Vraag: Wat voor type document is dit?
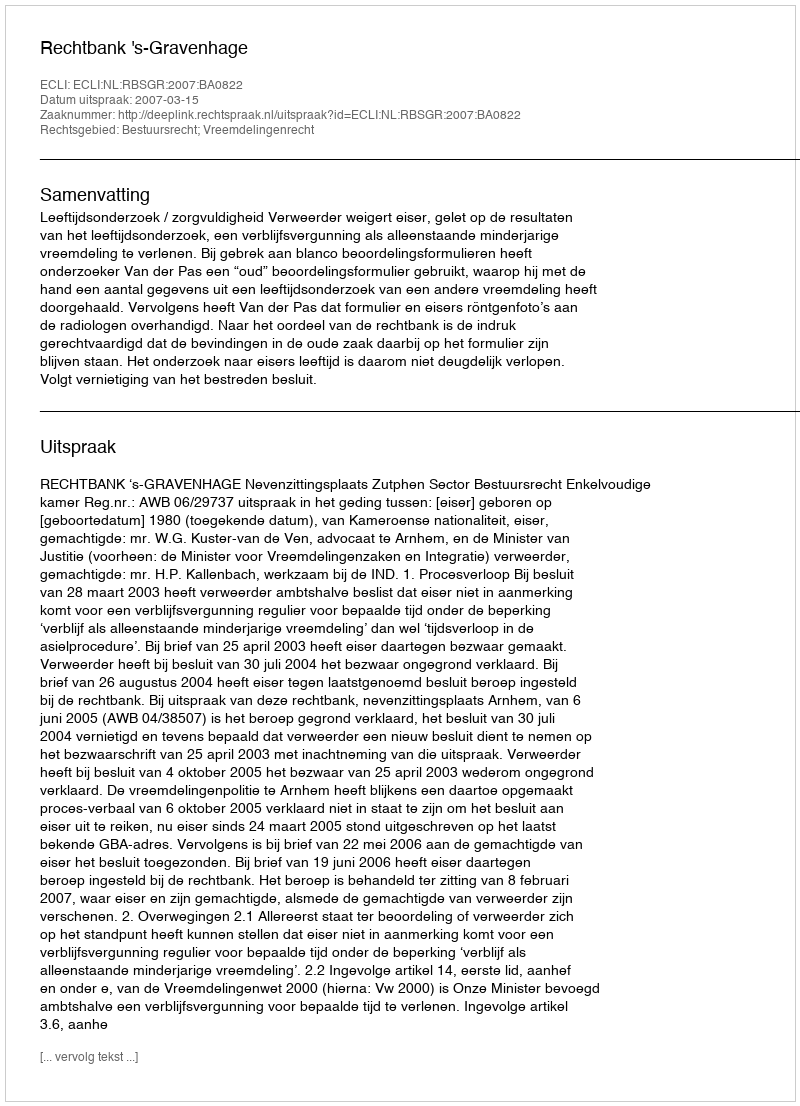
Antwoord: Uitspraak